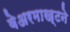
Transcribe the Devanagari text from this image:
वेअरमाख्टने